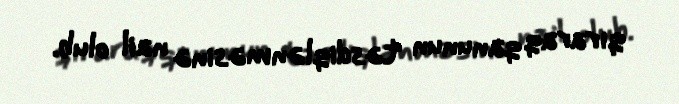
qıraraq qanunun təsdiqlənməsinə nail olub.